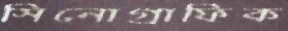
সিনোগ্রাফিক